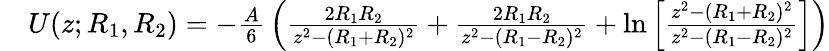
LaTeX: {\begin{array}{rl}&{U(z;R_{1},R_{2})=-{\frac{A}{6}}\left({\frac{2R_{1}R_{2}}{z^{2}-(R_{1}+R_{2})^{2}}}+{\frac{2R_{1}R_{2}}{z^{2}-(R_{1}-R_{2})^{2}}}+\ln\left[{\frac{z^{2}-(R_{1}+R_{2})^{2}}{z^{2}-(R_{1}-R_{2})^{2}}}\right]\right)}\end{array}}